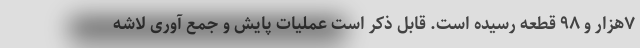
۷هزار و ۹۸ قطعه رسیده است. قابل ذکر است عملیات پایش و جمع آوری لاشه